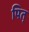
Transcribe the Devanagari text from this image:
पित्